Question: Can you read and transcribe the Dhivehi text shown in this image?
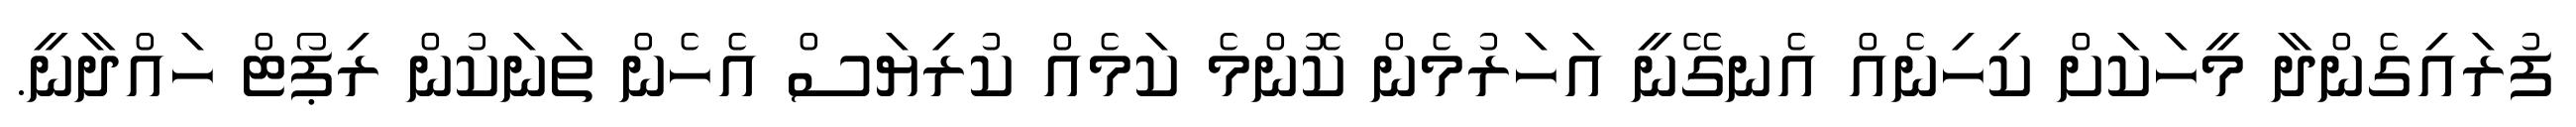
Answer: ފުރައިގެންދާ މީހަކަށް ކިހިނެއް އެނގޭނީ އަހަރުމެން ކޮންމެ ކަމެއް ކުރިޔަސް އެހެން ތަނަކުން ރިޕޯޓް ހައްދާނީ.